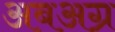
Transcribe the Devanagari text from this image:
अबअग्र